Vital statistics of India. Vol. IV, Annual returns from 1871 to 1876. British Army of India, Native Army and jails of Bengal
Year: 1871
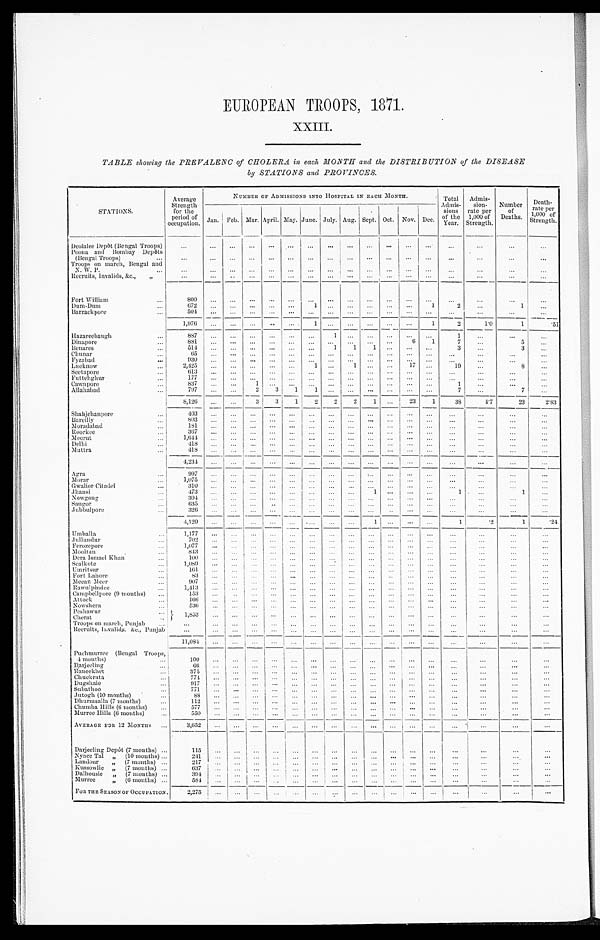
EUROPEAN TROOPS, 1871.
XXIII.
TABLE showing the PREVALENC of CHOLERA in each, MONTH and the DISTRIBUTION of the DISEASE
by STATIONS and PROVINCES.
STATIONS.
Average
Strength.
for the
period of
occupation.
NUMBER OF ADMISSIONS INTO HOSPITAL IN EACH MONTH.
Total
Admis-
sions
of the
Year.
Admis-
sion-
rate per
1,000 of
Strength.
Number
of
Deaths.
Death- rate per
1, 000 of
St rengt h.
Jan. Feb. Mar. April. May. June. July. Aug. Sept. Oct. Nov. Dec.
Deolalce Depôt (Bengal Troops)
. . .
... ... ... ... ... ... ... ... ... ... ... ... ...
...
...
...
Poona and Bombay Depôts
(Bengal Troops)
...
... ... ...
...
...
...
... ... ... ... ... ...
...
. . .
. . .
...
Troops on march, Bengal and
N. W. P. . . .
...
... ... ... ... ... ... ... ... ... ... ... ...
...
. . .
. . .
...
Recruits, Invalids, &c., „
...
...
...
... ...
...
... ... ... ... ... ... ...
... ... ... ...
Fort William
. . .
800
... ...
. . . . . .
. .
. . .
. . .
...
... ...
...
...
. . .
...
...
...
Dum-Dum . . .
672 ... ...
... ...
. . .
1
...
... ... ...
...
1
2
...
1
...
Barrackpore
504
... ... ... ... ...
... ... ... ...
...
... ...
... ... ... ...
1,976
...
...
...
...
...
1
... ... ... ... ...
1
2
1 . 0 1
. 5 1
Hazareebaugh
...
887
... ... ... ... ...
. . . 1
... ... ... ... ...
1
...
...
...
Dinapore . . .
8 8 1
... ... ... ... ... ... ... ...
... ...
6
1
7
. . .
5 ...
Benares
...
514 ...
...
... ...
... ...
1
1
1
... ...
...
3
...
3
...
Chunar
6 5
... ... ... ... ... ...
. . .
...
. . .
. . .
. . . . . .
...
...
...
...
Fyzabad . . .
9 3 0
... ... ... ... ... ... ... ... ...
. . .
...
. . .
. . .
... ... ...
Lucknow
...
2 , 4 2 5
... ... ... ... ...
1
...
1 ...
...
17
...
19
...
8
...
Seetapore
6 1 3 ... ...
... ... ...
. . . ...
... ...
. . .
. . . ...
...
. . .
... ...
Futtehghur
...
177
. . .
... ...
. . . ... ...
. . .
...
. . .
. . .
. . . . . .
...
...
...
...
Cawnpore
837
...
... 1
... ... ... ... ...
. . . ...
. . . . . .
1
...
...
...
Allahabad
...
797 ... ...
2
3
1
1
... ... ... ...
...
...
7
...
7
...
8,126
... ...
3
3
1
2 2
2 1 ...
23
1
38
4.7
23
2.83
Shahjchanpore
403
... ... ... ...
... ... ...
... ...
. . .
...
. . .
...
. . . . . .
...
Bareilly
...
8 0 3
... ...
. . .
...
. . .
. . .
. . .
...
... ... ...
...
...
...
...
. . .
Moradabad
181 ... ...
...
. . . ... ... ...
...
... ...
. . . ...
...
...
...
...
Roorkee
367 ...
...
... ... ... ...
...
...
. . .
. . .
...
...
...
...
... ...
Meerut
...
1,644
... ...
...
. . .
...
...
...
. . .
...
...
. . .
... ...
...
...
...
Delhi
4 1 8
... ... ... ... ... ... ... ...
...
... ... ...
...
...
... ...
Muttra
418
...
... ...
. . .
...
...
... ... ...
. . .
. . . ...
...
...
...
...
4,234 ... ... ...
... ...
...
. . .
... ...
. . .
... ... ...
...
... ...
Agra
...
997
...
...
... ...
. . .
. . .
... ... ...
... ...
...
...
...
... ...
Morar
...
1,075 ...
...
... ... ...
...
...
...
...
. . .
. . . ...
...
...
...
...
Gwalior Citadel
...
310 ...
... ... ... ... ... ... ... ... ... ... ...
...
...
...
...
Jhansi
473
...
... ...
... ... ... ... ...
1
... ... ...
1
...
1
...
Nowgong
...
304
... ... ...
. . .
. . .
. . .
. . .
...
. . .
. . .
...
. . .
. . .
. . . ...
...
Saugor
...
635
... ...
...
... ... ... ... ... ...
... ...
...
...
...
...
...
Jubbulpore
...
326 ...
...
. . .
... ...
...
. . . . . .
... ... ... ... ... ...
. . .
. . .
4,120
... ...
...
... ... ...
... ...
1
... ... ...
1
.2
1
.24
Umballa
...
1,177 ...
...
... ... ...
... ...
... ... ...
. . . ...
...
...
...
...
Jullundur
702
...
... ...
...
...
... ...
...
...
...
. . . ...
...
... ... ...
Ferozepore . . .
1,077 ... ... ...
...
... ...
. . .
... ... ... ...
. . . ...
...
...
. . .
Mooltan
...
843
...
...
... ... ... ... ... ...
... ...
. . . ...
...
...
...
...
Dera Ismael Khan
...
100
...
... ... ...
...
...
... ... ...
... ... ...
...
...
...
...
Sealkote . . .
1,089 ...
...
. . .
... ... ...
. . .
... ...
. . .
. . .
. . .
...
...
...
...
Umritsur
...
161
...
... ...
... ...
. . .
...
. . .
. . . ...
...
...
... ...
...
...
Fort Lahore
...
8 3 ...
...
. . .
. . .
. . .
. . .
... ... ...
...
...
...
...
...
...
...
Meean Meer
...
907
... ... ... ... ... ... ... ...
...
...
... ...
...
...
...
...
Rawulpindee
1,413
... ... ... ...
. . .
. . .
... ...
. . .
...
. . .
. . . . . .
. . . . . .
...
Campbellpore (9 months) ...
153
...
...
... ... ...
... ... ...
...
. . .
. . .
... ... ...
. . .
...
Attock
...
1 6 6
... ... ... ... ...
...
. . . . . .
...
...
...
...
...
...
...
...
Nowshera
. . .
536
... ... ...
. . .
...
. . .
... ...
. . .
... ... ...
. . .
. . . ...
...
P e s h a w u r 1 , 8 5 3
... ... ... ... ... ... ... ... ... ... ... ... ... ... ... ...
Cherat
Troops on march, Punjab . . .
...
...
... ...
. . .
...
... ... ... ... ... ... ...
...
. . .
...
...
Recruits, Invalids.&c., Punjab
. . .
... ... ...
. . .
... ...
. . . . . .
...
... ... ...
...
... ... ...
11,084 ...
... ...
. . .
... ...
...
... ...
... ... ...
. . .
. . .
... ...
Puchmurree (Bengal Troops,
4 months)
100
... ... ... ... ...
. . .
... ...
...
... ... ...
. . .
. . . ...
...
Darjeeling...
66
...
... ...
... ...
. . .
...
. . .
...
... ... ... ...
. . . . . .
...
Raneekhet
375
...
... ...
. . . ...
...
...
...
... ... ... ... ...
. . .
...
...
Chuckrata
...
774... ... ... ...
...
...
... ...
... ... ... ... ... ... ...
...
...
Dugshaie
917... ... ... ... ... ... ...
. . .
... ... ... ... ...
. . .
. . .
...
...
Subathoo
...
771
...
...
...
...
... ...
...
...
...
...
... ...
...
...
...
...
Jutogh (10 months)
...
8 8
... ... ... ... ... ...
... ... ... ... ... ...
. . .
...
. . .
...
Dhurmsalla (7 months)
. . 1 1 2 .
... ... ...
... ... ... ... ... ... ... ... ...
. . .
... ...
...
Chumba Hills (6 months) ...
577 ... ... ...
. . .
... ... ... ...
...
... ...
. . .
...
. . . . . .
. . .
Murree Hills (6 months)
550 ...
... ...
. . .
... ... ...
... ...
... ... ... ...
. . .
...
. . .
AVERAGE FOR 12 MONTHS . . .
3 , 6 5 2
... ... ... ... ... ... ... ... ... ... ... ...
. . .
... ...
. . .
Darjeeling Depôt (7 months) ...
1 1 5
... ... ... ... ...
... ...
... ...
. . .
... ...
. . .
... ... ...
Nynee Tal „ (10 months) ...
2 4 1
... ... ... ...
... ... ... ... ... ... ...
...
...
. . . . . .
...
Landour „ (7 months) ...
217... ... ... ... ...
...
...
... ... ... ...
...
. . .
... ... ... ...
Kussowlie „ (7 months) ...
637 ...
...
... ... ... ... ... ... ... ...
...
...
...
...
...
. . .
Dalhousie „ (7 months) ...
394 ... ... ...
...
...
. . .
. . .
... ... ... ...
. . . . . .
...
. . .
. . .
Murree
„ (6 months) ...
5 8 4
... ... ... ...
...
...
. . .
... ... ...
... ...
...
...
. . .
. . .
FOR THE SEASON OF OCCUPATION. 2,275 ... ... ... ... ... ... ...
. . . ... ...
. . .
. . . . . . ...
. . .
. . .